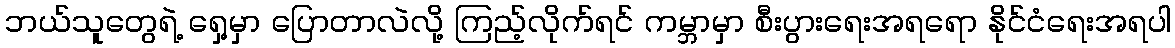
ဘယ်သူတွေရဲ့ ရှေ့မှာ ပြောတာလဲလို့ ကြည့်လိုက်ရင် ကမ္ဘာမှာ စီးပွားရေးအရရော နိုင်ငံရေးအရပါ